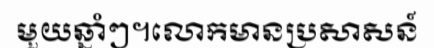
មួយឆ្នាំៗ។លោកមានប្រសាសន៍